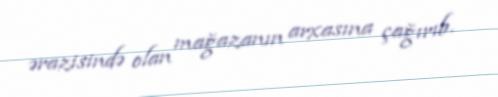
ərazisində olan mağazanın arxasına çağırıb.